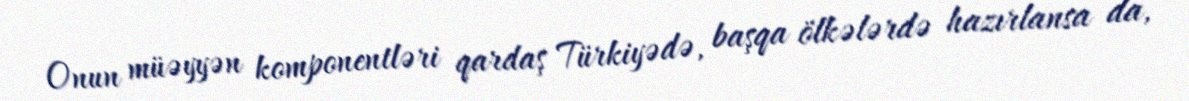
Onun müəyyən komponentləri qardaş Türkiyədə, başqa ölkələrdə hazırlansa da,